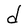
Character: d